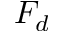
F _ { d }